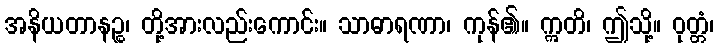
အနိယတာနဉ္စ၊ တို့အားလည်းကောင်း။ သာဓာရဏာ၊ ကုန်၏။ ဣတိ၊ ဤသို့။ ဝုတ္တံ၊